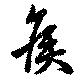
矦